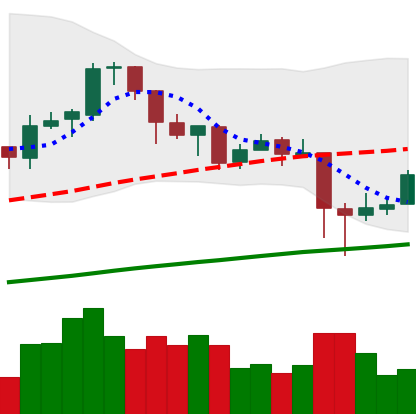
Ticker: BTC-USD
Chart end date: 2018-01-20
Forward return: -12.712%
Label: down_7plus